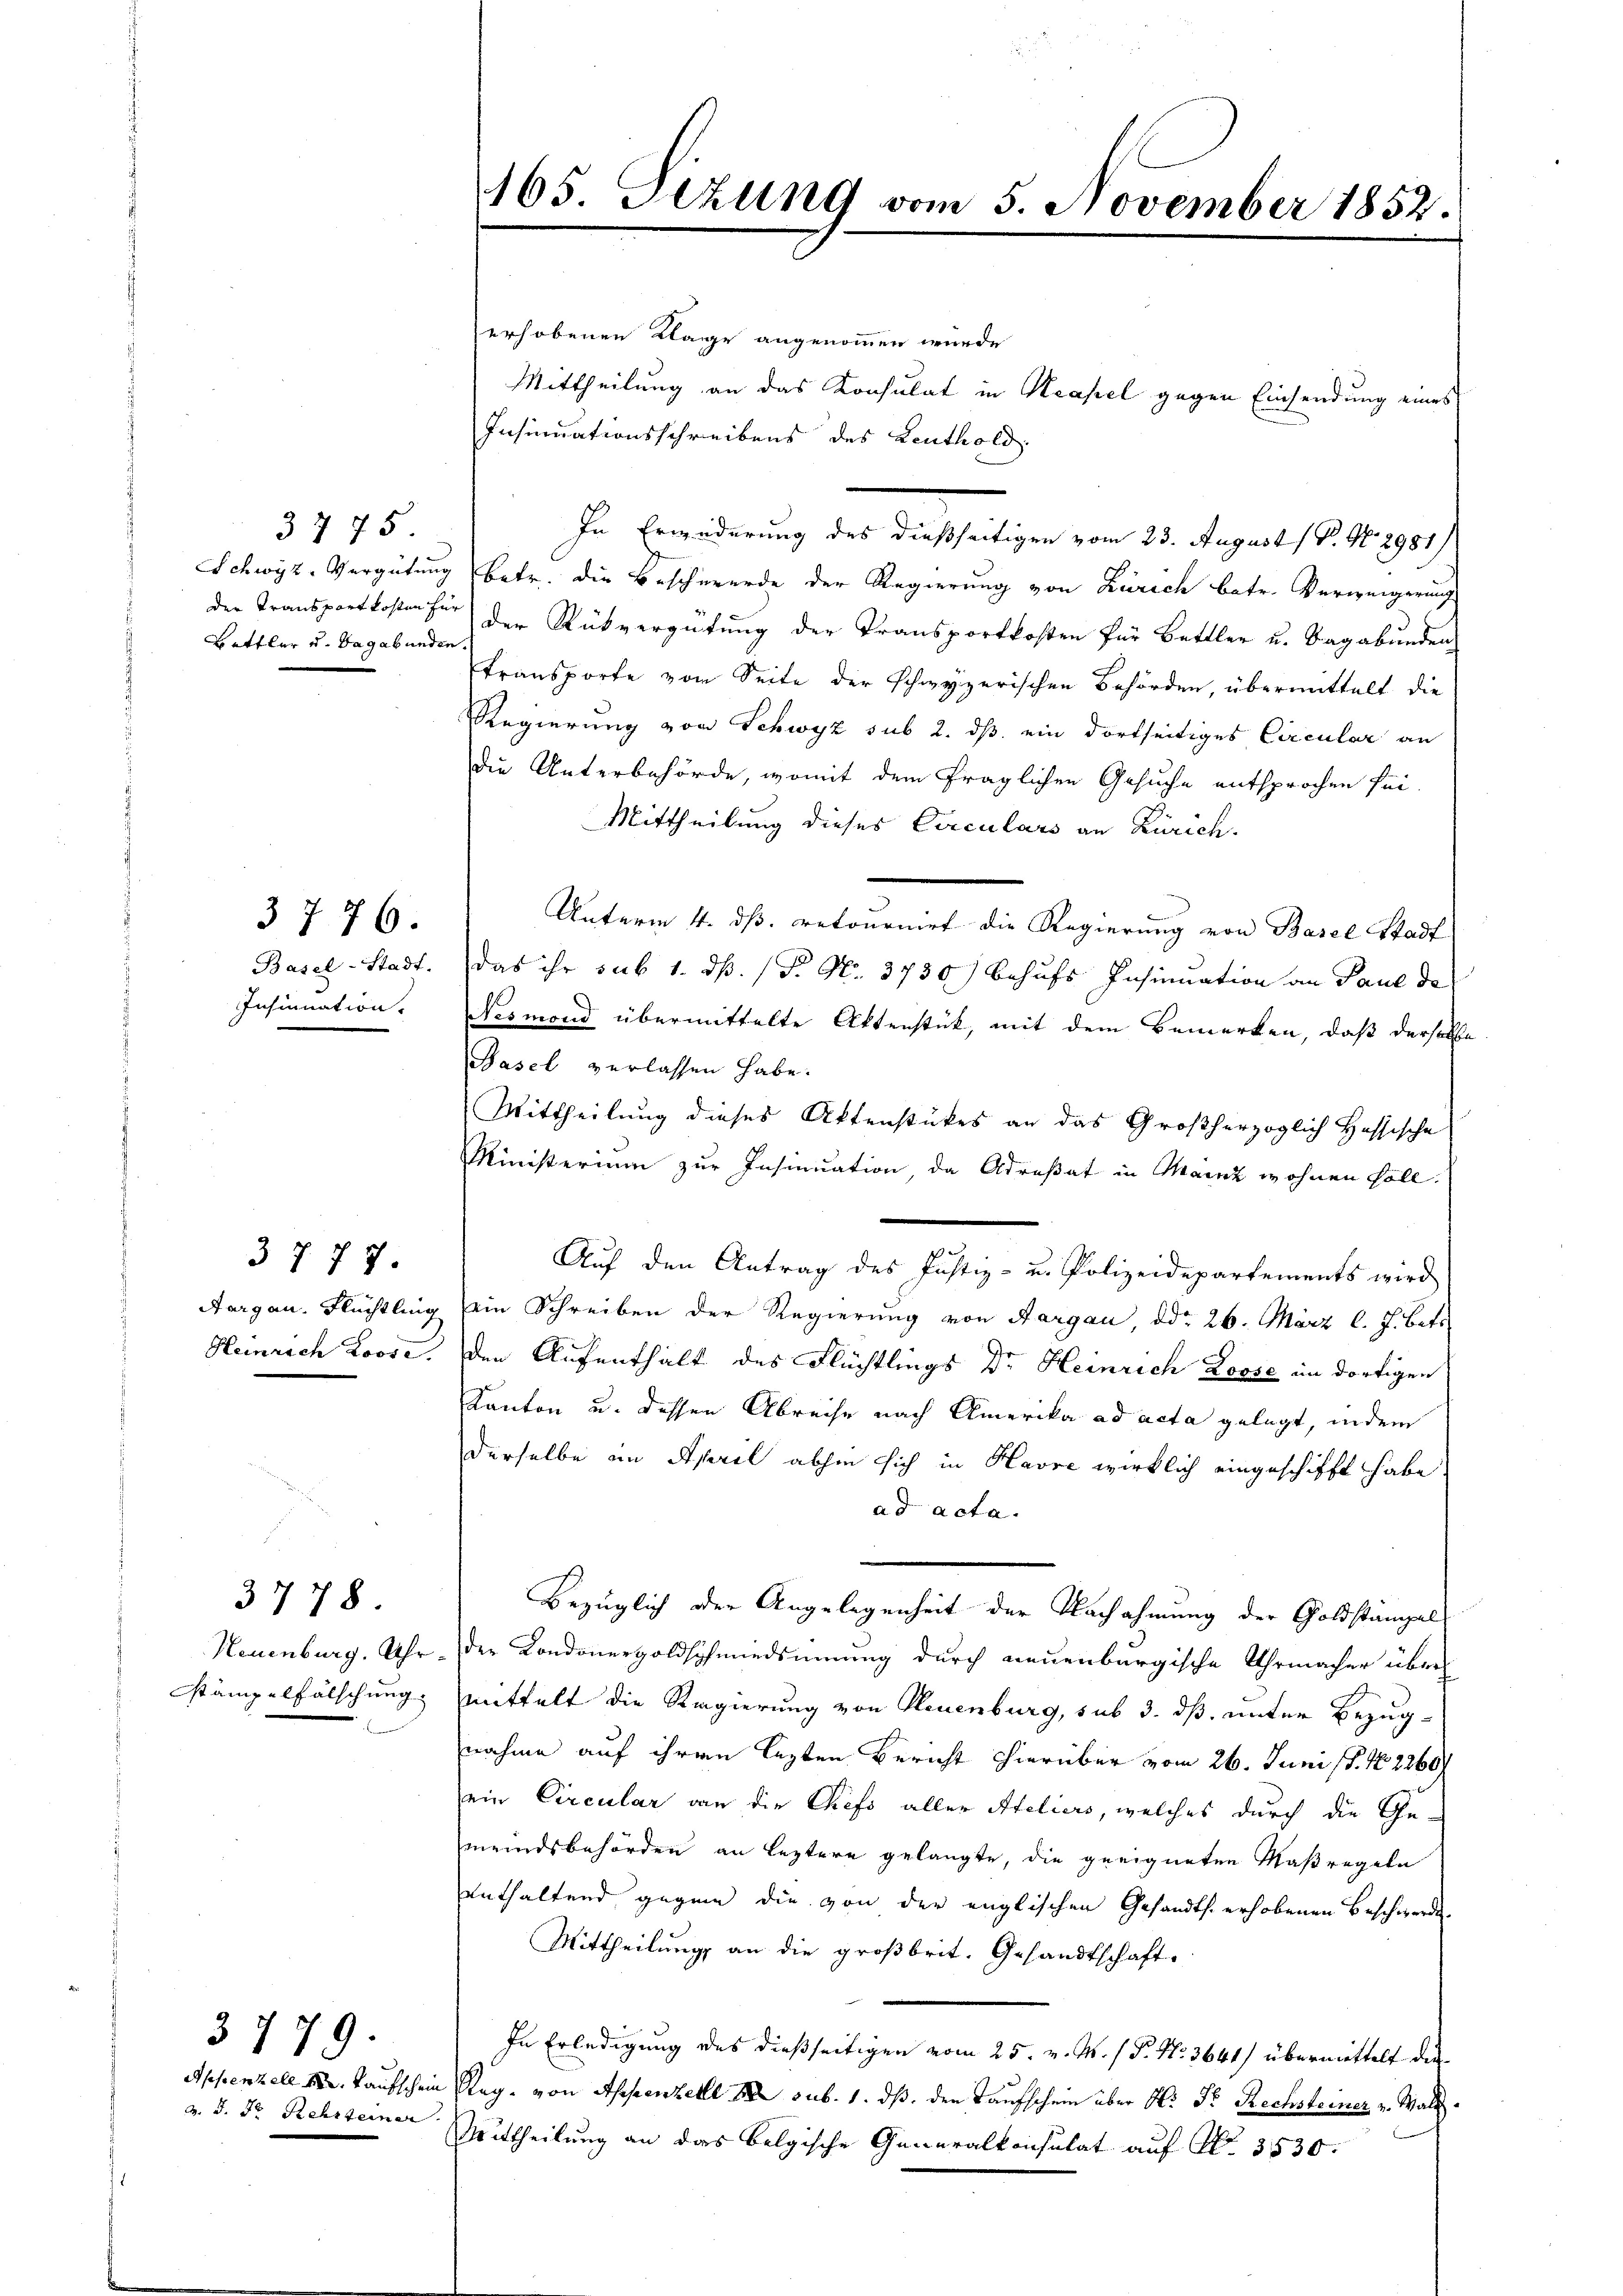
3775.
Bettler u. Vagabunden.

Basel-Stadt.
Insumation.

3778.

3 776.

3777.
Aargau, Flüchtling
Heinrich Loose,

Neuenburg. Uhr.
Stämpelfälschung

3779.
Appenzell A. Kaufschein
v. J. Dr. Rehrteiner

165. Dezung vom 5. November 1852.

erhobenen Lage angenommen wurde
Mittheilung an das Konsulat in Neapel gegen Einsendung eines
Insinuationsschreibens des Leuthold
In Erwiderung des dießseitigen vom 23. August ( P. Nr. 2981)
Schwyz, Vergütung betr. die Beschwerde der Regierung von Zürich betr. Verweigerung
der Transportkosten für der Rückvergütung der Transportkosten für Bettler u. Sagabunden
transporte von Seite der schwyzerischen Behörden, übermittelt die
Regierung von Schwyz sub 2. ds ein dortseitiges Circular an
die Unterbehörde, womit dem fraglichen Gesuche entsprochen sei
Mittheilung dieses Circulars an Zürich.
Unterm 4. ds. retournirt die Regierung von Basel Stadt
das ihr sub 1. ds. (T. N. 3730) Behufs Insinuation an Paul de
Nesmond übermittelte Aktenstück, mit dem Bemerken, daß derselbe
Basel verlassen habe.
Mittheilung dieses Aktenstückes an das Großherzoglich Hoffische
Ministerium zur Insinuation, da Adresat in Mainz wohnen soll.
f
Auf den Antrag des Justiz- u. Polizeidepartements wird
ein Schreiben der Regierung von Aargau, ddo 26. März l. J. Bett.
den Aufenthält des Flüchtlings Dr Heinrich Losse in dortigen
Kanton u. dessen Abreise nach Amerika ad acta gelegt, indem
derselbe im April abhin sich in Havre wirklich eingeschifft habe
ad acta.
Bezüglich der Angelegenheit der Nachahmung der Goldstämpel
der Kondonergoldschmiedsinnung durch neuenburgische Uhrmacher über
mittelt die Regierung von Neuenburg, sub 3. dß. unter Bezugnahme auf ihren lezten Bericht hierüber vom 26. Juni (S. 12260/
ein Circular von die Chefs aller Ateliers, welches durch die Ge-
meindsbehörden an leztere gelangte, die geeigneten Maßregeln
enthaltend gegen die von der englischen Gesandts. erhobenen Beschwerden
Mittheilung an die großbrit. Gesandtschaft-
In Erledigung des dießseitigen vom 25. v. M. / P. Nr. 3641) übermittelt die
Reg. von Appenzelle de sub. 1. ds. den Taufschein über H: Dr. Rechsteiner v. Wald.
Mittheilung an das belgische Generalkonsulat auf No 3530.